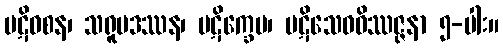
ပဋိဝစန၊ သရူပဒဿန၊ ပဋိက္ခေပ၊ ပဋိသေဓဝိဿဇ္ဇနာ ၅-ပါး။